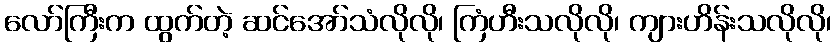
လော်ကြီးက ထွက်တဲ့ ဆင်အော်သံလိုလို၊ ကြံဟီးသလိုလို၊ ကျားဟိန်းသလိုလို၊